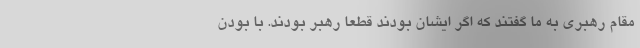
مقام رهبری به ما گفتند که اگر ایشان بودند قطعا رهبر بودند. با بودن